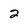
Character: 2